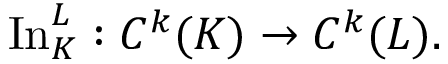
\operatorname { I n } _ { K } ^ { L } : C ^ { k } ( K ) \to C ^ { k } ( L ) .